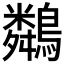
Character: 𪆞